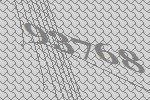
93768